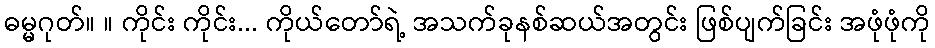
ဓမ္မဂုတ်။ ။ ကိုင်း ကိုင်း... ကိုယ်တော်ရဲ့ အသက်ခုနစ်ဆယ်အတွင်း ဖြစ်ပျက်ခြင်း အဖုံဖုံကို